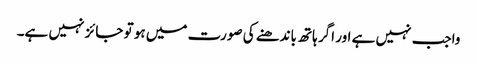
واجب نہیں ہے اور اگر ہاتھ باندھنے کی صورت میں ہو تو جائز نہیں ہے۔